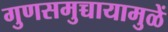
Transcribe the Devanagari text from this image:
गुणसमुच्चायामुळें